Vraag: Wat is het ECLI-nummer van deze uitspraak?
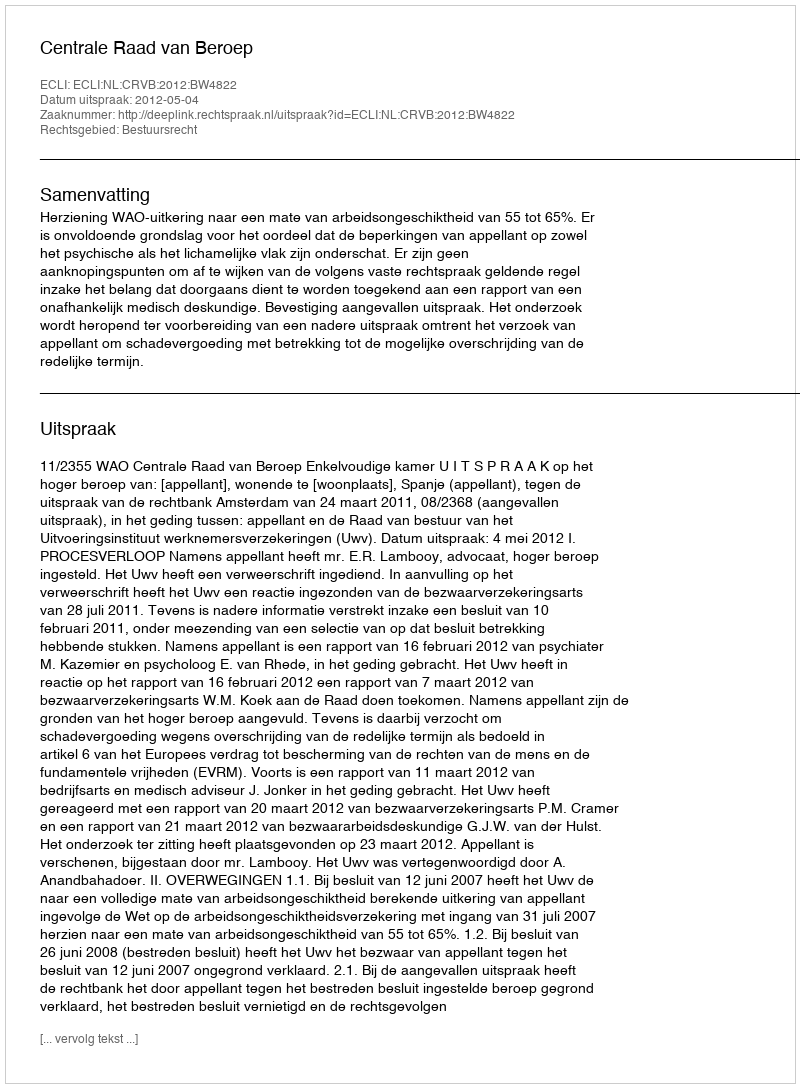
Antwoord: ECLI:NL:CRVB:2012:BW4822